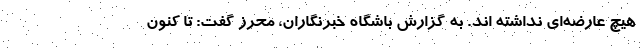
هیچ عارضه‌ای نداشته اند. به گزارش باشگاه خبرنگاران، محرز گفت: تا کنون